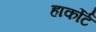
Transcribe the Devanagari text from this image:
हार्कोर्ट